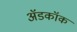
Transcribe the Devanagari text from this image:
अॅडकॉक